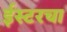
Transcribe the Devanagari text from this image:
ईस्टरचा